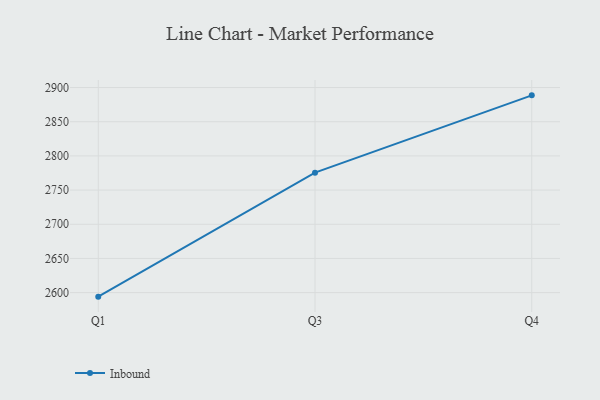
{"axis": {"x": "Quarter", "y": "Headcount"}, "legend": ["Inbound"], "data": [{"x": "Q1", "y": 2594.1, "type": "Inbound"}, {"x": "Q3", "y": 2775.5, "type": "Inbound"}, {"x": "Q4", "y": 2888.6, "type": "Inbound"}]}